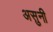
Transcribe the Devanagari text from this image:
असुनी